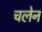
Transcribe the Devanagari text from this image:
चलेन